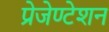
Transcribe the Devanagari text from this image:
प्रेजेण्टेशन